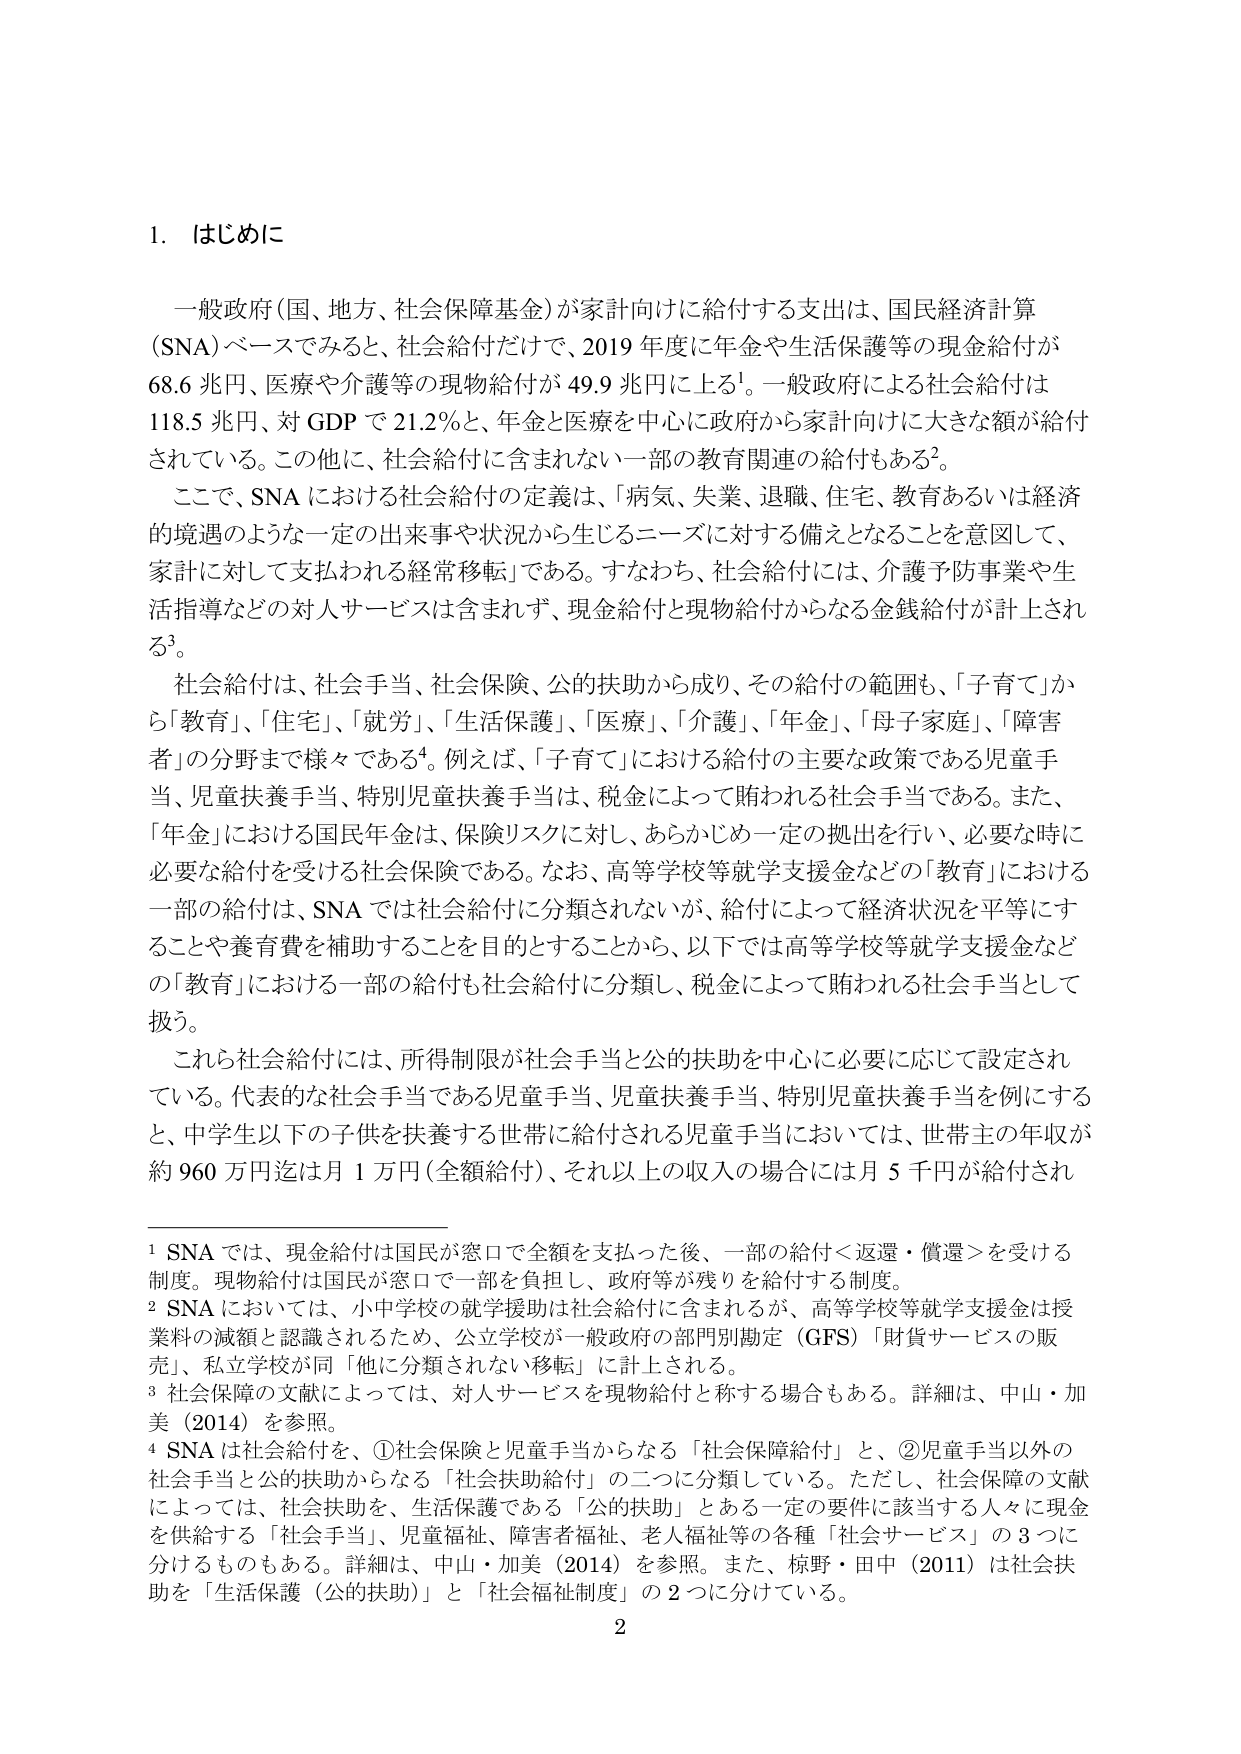
1. はじめに

一般政府（国、地方、社会保障基金）が家計向けに給付する支出は、国民経済計算（SNA）ベースでみると、社会給付だけで、2019年度に年金や生活保護等の現金給付が68.6兆円、医療や介護等の現物給付が49.9兆円に上る¹。一般政府による社会給付は118.5兆円、対GDPで21.2％と、年金と医療を中心に政府から家計向けに大きな額が給付されている。この他に、社会給付に含まれない一部の教育関連の給付もある²。

ここで、SNAにおける社会給付の定義は、「病気、失業、退職、住宅、教育あるいは経済的境遇のような一定の出来事や状況から生じるニーズに対する備えとなることを意図して、家計に対して支払われる経常移転」である。すなわち、社会給付には、介護予防事業や生活指導などの対人サービスは含まれず、現金給付と現物給付からなる金銭給付が計上される³。

社会給付は、社会手当、社会保険、公的扶助から成り、その給付の範囲も、「子育て」から「教育」、「住宅」、「就労」、「生活保護」、「医療」、「介護」、「年金」、「母子家庭」、「障害者」の分野まで様々である⁴。例えば、「子育て」における給付の主要な政策である児童手当、児童扶養手当、特別児童扶養手当は、税金によって賄われる社会手当である。また、「年金」における国民年金は、保険リスクに対し、あらかじめ一定の拠出を行い、必要な時に必要な給付を受ける社会保険である。なお、高等学校等就学支援金などの「教育」における一部の給付は、SNAでは社会給付に分類されないが、給付によって経済状況を平等にすることや養育費を補助することを目的とすることから、以下では高等学校等就学支援金などの「教育」における一部の給付も社会給付に分類し、税金によって賄われる社会手当として扱う。

これら社会給付には、所得制限が社会手当と公的扶助を中心に必要に応じて設定されている。代表的な社会手当である児童手当、児童扶養手当、特別児童扶養手当を例にすると、中学生以下の子供を扶養する世帯に給付される児童手当においては、世帯主の年収が約960万円迄は月1万円（全額給付）、それ以上の収入の場合には月5千円が給付され

¹ SNAでは、現金給付は国民が窓口で全額を支払った後、一部の給付＜返還・償還＞を受ける制度。現物給付は国民が窓口で一部を負担し、政府等が残りを給付する制度。

² SNAにおいては、小中学校の就学援助は社会給付に含まれるが、高等学校等就学支援金は授業料の減額と認識されるため、公立学校が一般政府の部門別勘定（GFS）「財貨サービスの販売」、私立学校が同「他に分類されない移転」に計上される。

³ 社会保障の文献によっては、対人サービスを現物給付と称する場合もある。詳細は、中山・加美（2014）を参照。

⁴ SNAは社会給付を、①社会保険と児童手当からなる「社会保障給付」と、②児童手当以外の社会手当と公的扶助からなる「社会扶助給付」の二つに分類している。ただし、社会保障の文献によっては、社会扶助を、生活保護である「公的扶助」とある一定の要件に該当する人々に現金を供給する「社会手当」、児童福祉、障害者福祉、老人福祉等の各種「社会サービス」の3つに分けるものもある。詳細は、中山・加美（2014）を参照。また、椋野・田中（2011）は社会扶助を「生活保護（公的扶助）」と「社会福祉制度」の2つに分けている。

2